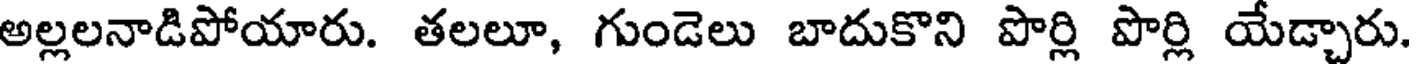
అల్లలనాడిపోయారు. తలలూ, గుండెలు బాదుకొని పొర్లి పొర్లి యేడ్చారు.